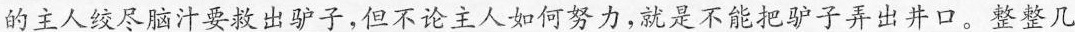
的主人绞尽脑汁要救出驴子，但不论主人如何努力，就是不能把驴子弄出井口。整整几